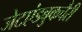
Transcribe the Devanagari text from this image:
जेटएंडबुकचैरी